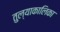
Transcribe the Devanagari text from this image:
तुल्याकालिका